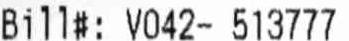
BILL#: V042- 513777